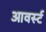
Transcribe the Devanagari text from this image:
आवर्स्ट